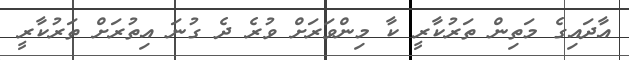
އާދައިގެ މަތިން ތަރުކާރީ ކާ މިންވަރަށް ވުރެ ދެ ގުނަ އިތުރަށް ތަރުކާރީ